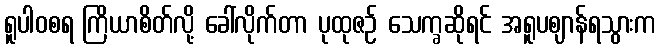
ရူပါဝစရ ကြိယာစိတ်လို့ ခေါ်လိုက်တာ ပုထုဇဉ် သေက္ခဆိုရင် အရူပဈာန်ရသွားက